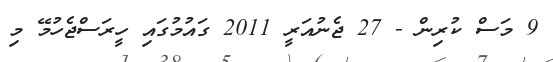
9 މަސް ކުރިން - 27 ޖެނުއަރީ 2011 ގައުމުގައި ހީރަސްޖެހުމޭ މި